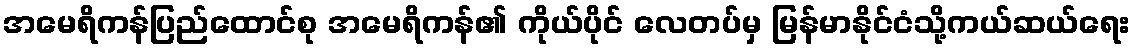
အမေရိကန်ပြည်ထောင်စု အမေရိကန်၏ ကိုယ်ပိုင် လေတပ်မှ မြန်မာနိုင်ငံသို့ကယ်ဆယ်ရေး